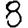
Digit: 8